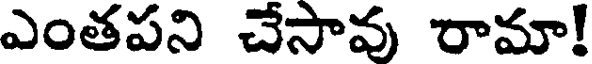
ఎంతపని చేసావు రామా!